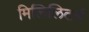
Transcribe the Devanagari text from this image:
मिलिलिटर्स